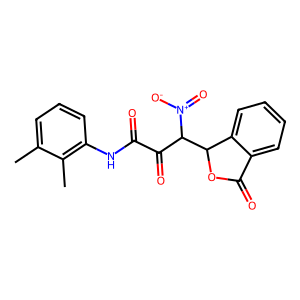
SMILES: Cc1cccc(NC(=O)C(=O)C(C2OC(=O)c3ccccc32)[N+](=O)[O-])c1C
Inhibits HIV replication: No